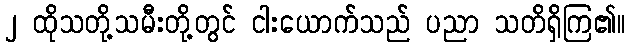
၂ ထိုသတို့သမီးတို့တွင် ငါးယောက်သည် ပညာ သတိရှိကြ၏။